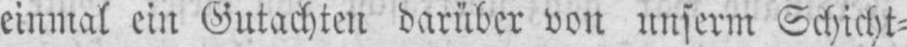
einmal ein Gutachten darüber von unserm Schicht⸗